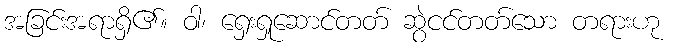
အခြင်းအရာရှိ၏။ ဝါ၊ ရှေးရှုဆောင်တတ် ဆွဲငင်တတ်သော တရားဟု